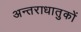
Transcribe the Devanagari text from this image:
अन्तराधातुकों